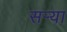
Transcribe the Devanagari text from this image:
सर्‍या